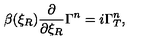
\beta ( \xi _ { R } ) { \frac { \partial } { \partial \xi _ { R } } } \Gamma ^ { n } = i \Gamma _ { T } ^ { n } ,